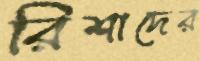
রিশাদের